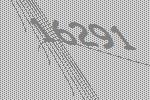
16291